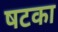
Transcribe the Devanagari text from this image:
षटका